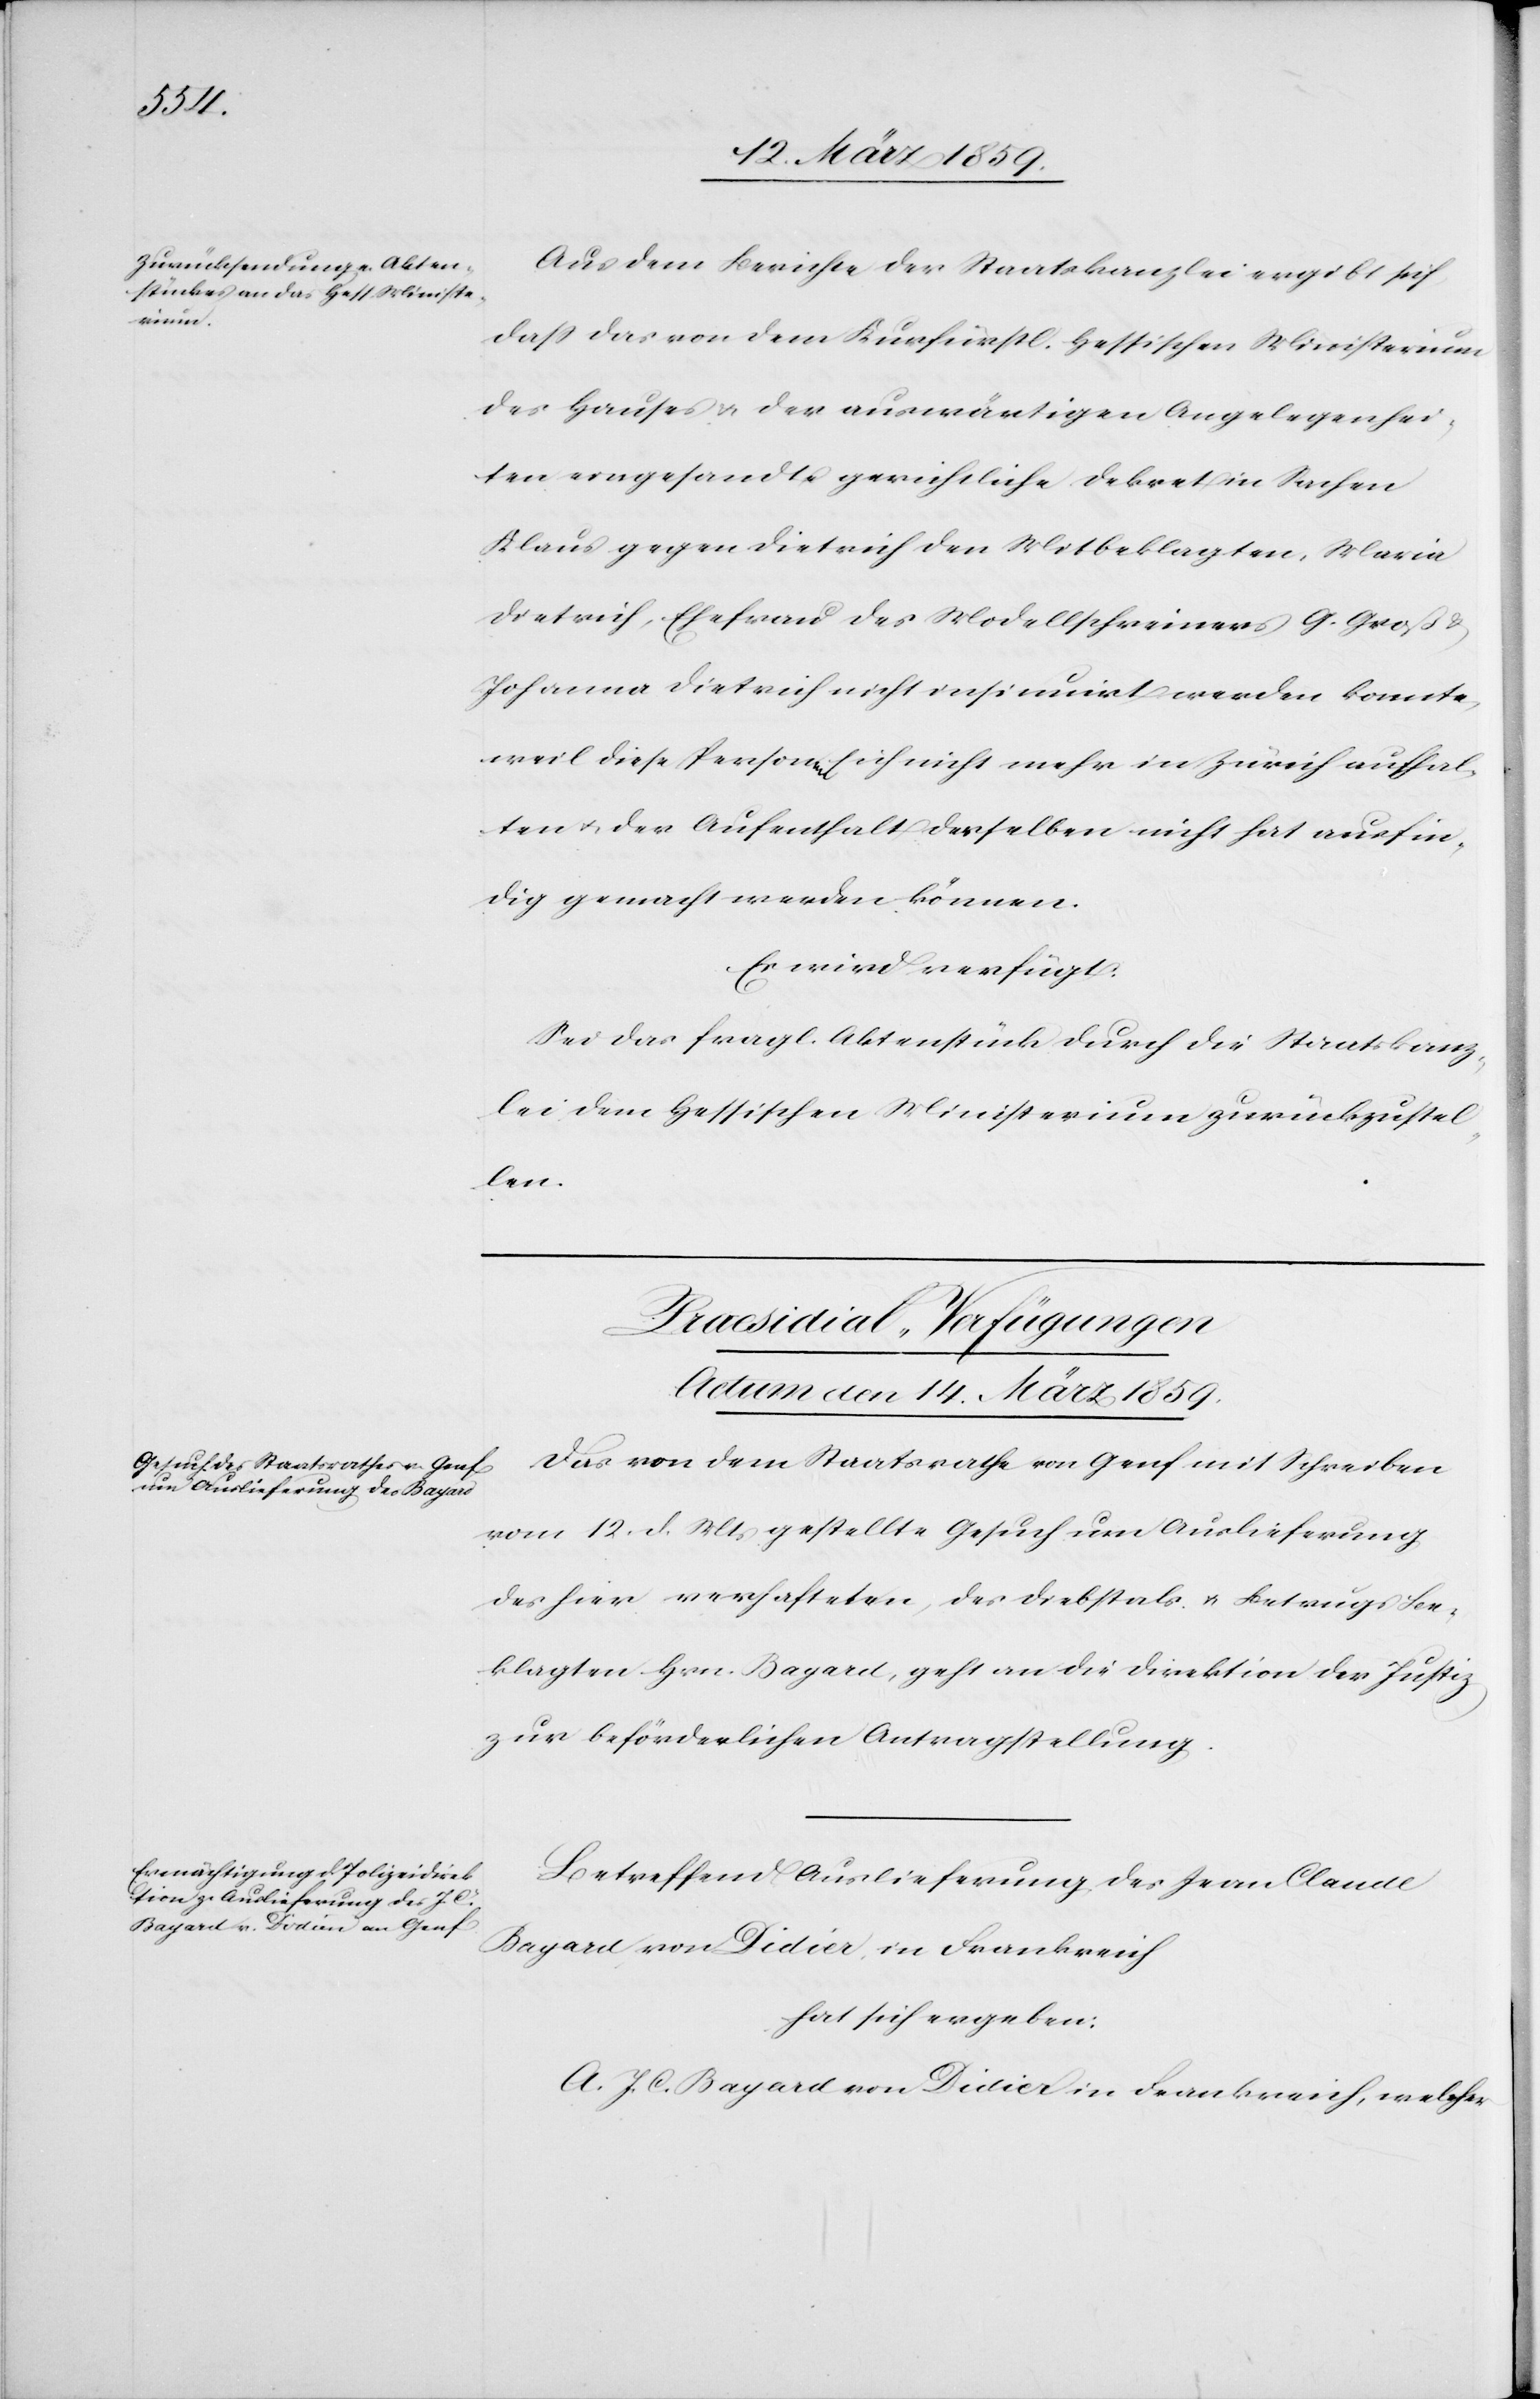
Aus dem Berichte der Staatskanzlei ergibt sich,
daß das von dem Kurfürstl. Hessischen Ministerium
des Hauses & der auswärtigen Angelegenhei¬
ten eingesandte gerichtliche Dekret in Sachen
Klaus gegen Dietrich den Mitbeklagten, Maria
Dietrich, Ehefrau des Modellschreiners G. Groß
Johanna Dietrich nicht insinuirt werden konnte,
weil diese Personen sich nicht mehr in Zürich aufhal¬
ten u. der Aufenthalt derselben nicht hat ausfin¬
dig gemacht werden können.
Es wird verfügt:
Sei das fragl. Aktenstück durch die Staatskanz¬
lei dem Hessischen Ministerium zurückzustel¬
len.
[Praesidial-Verfügungen
Actum den 14. März 1859.]
Das von dem Staatsrathe von Genf mit Schreiben
vom 12. d. Mts gestellte Gesuch um Auslieferung
des hier verhafteten, des Diebstals u. Betrugs Be¬
klagten Hrn. Bayard, geht an die Direktion der Justiz
zur beförderlichen Antragstellung.
Betreffend Auslieferung des Jean Claude
Bayard, von Didier, in Frankreich
hat sich ergeben:
A. J. C. Bayard von Didier in Frankreich, welcher